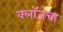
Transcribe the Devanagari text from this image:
क्लॉजचा